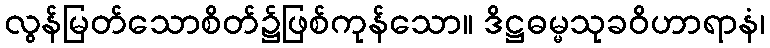
လွန်မြတ်သောစိတ်၌ဖြစ်ကုန်သော။ ဒိဋ္ဌဓမ္မသုခဝိဟာရာနံ၊